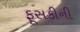
ફૂસકીની